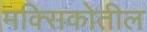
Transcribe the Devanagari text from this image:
मक्सिकोतील